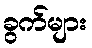
ခွက်များ